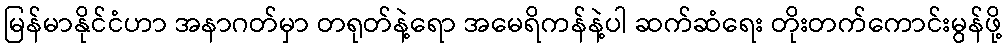
မြန်မာနိုင်ငံဟာ အနာဂတ်မှာ တရုတ်နဲ့ရော အမေရိကန်နဲ့ပါ ဆက်ဆံရေး တိုးတက်ကောင်းမွန်ဖို့